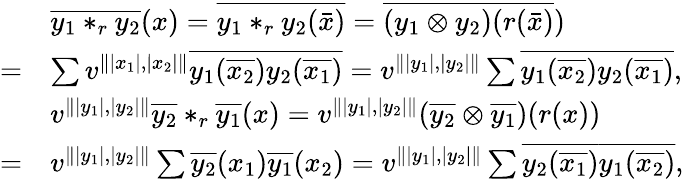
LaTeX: \begin{array}{rl}&{\overline{{y_{1}*_{r}y_{2}}}(x)=\overline{{y_{1}*_{r}y_{2}(\bar{x})}}=\overline{{(y_{1}\otimes y_{2})(r(\bar{x})}})}\\ {=}&{\sum v^{\Vert|x_{1}|,|x_{2}|\Vert}\overline{{y_{1}(\overline{{x_{2}}})y_{2}(\overline{{x_{1}}})}}=v^{\Vert|y_{1}|,|y_{2}|\Vert}\sum\overline{{y_{1}(\overline{{x_{2}}})y_{2}(\overline{{x_{1}}})}},}\\ &{v^{\Vert|y_{1}|,|y_{2}|\Vert}\overline{{y_{2}}}*_{r}\overline{{y_{1}}}(x)=v^{\Vert|y_{1}|,|y_{2}|\Vert}(\overline{{y_{2}}}\otimes\overline{{y_{1}}})(r(x))}\\ {=}&{v^{\Vert|y_{1}|,|y_{2}|\Vert}\sum\overline{{y_{2}}}(x_{1})\overline{{y_{1}}}(x_{2})=v^{\Vert|y_{1}|,|y_{2}|\Vert}\sum\overline{{y_{2}(\overline{{x_{1}}})}}\overline{{y_{1}(\overline{{x_{2}}})}},}\end{array}